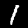
Label: 1